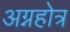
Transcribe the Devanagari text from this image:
अग्नहोत्र